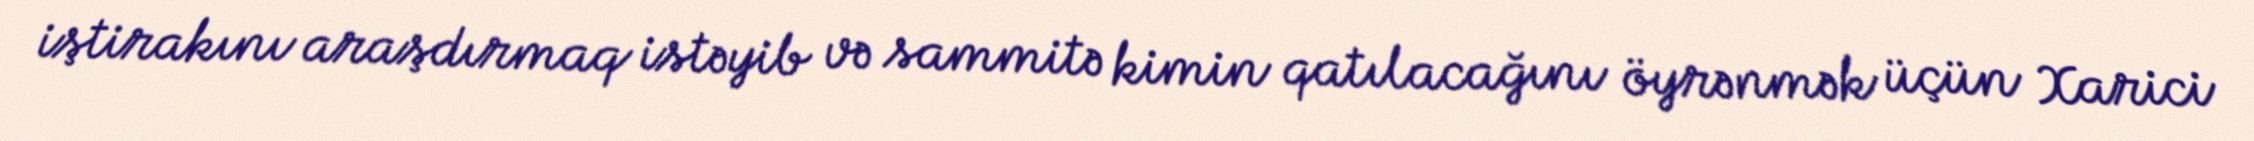
iştirakını araşdırmaq istəyib və sammitə kimin qatılacağını öyrənmək üçün Xarici